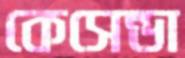
কেসেন্ডা